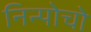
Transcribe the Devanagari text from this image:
निन्पोचो